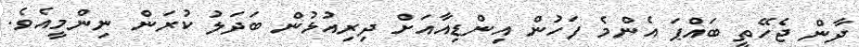
ދާން ޖެހޭތީ ބައްޕަ އެންމެ ފަހުން އިންޑިއާއަށް ދިރިއުޅުން ބަދަލު ކުރަން ނިންމީއެވެ.